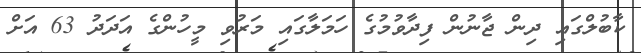
ކާބުލްގައި ދިން ޖާނުން ފިދާވުމުގެ ހަމަލާގައި މަރުވި މީހުންގެ އަދަދު 63 އަށް